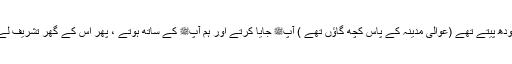
آپﷺ کے صاحبزادے سیدنا ابراہیم (مدینہ کے عوالی میں) دودھ پیتے تھے (عوالی مدینہ کے پاس کچھ گاؤں تھے ) آپﷺ جایا کرتے اور ہم آپﷺ کے ساتھ ہوتے ، پھر اس کے گھر تشریف لے جاتے ، وہاں دھواں ہوتا تھا کیونکہ ”انّا“ کا خاوند لوہار تھا۔